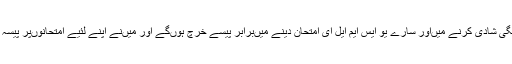
میں‌نے حساب لگایا کہ مہنگی شادی کرنے میں‌اور سارے یو ایس ایم ایل ای امتحان دینے میں‌برابر پیسے خرچ ہوں‌گے اور میں‌نے اپنے لئیے امتحانوں‌پر پیسہ خرچ کرنے کو فوقیت دی۔